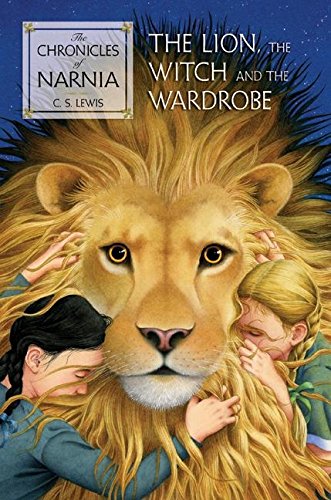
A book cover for The Lion, the Witch and the Wardrobe (The Chronicles of Narnia); C. S. Lewis; Humor & Entertainment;